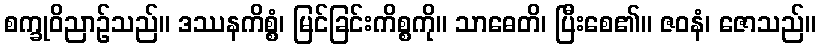
စက္ခုဝိညာဉ်သည်။ ဒဿနကိစ္စံ၊ မြင်ခြင်းကိစ္စကို။ သာဓေတိ၊ ပြီးစေ၏။ ဇဝနံ၊ ဇောသည်။